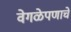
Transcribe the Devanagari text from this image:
वेगळेपणाचे